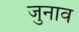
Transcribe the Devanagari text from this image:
जुनाव